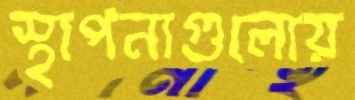
স্থাপনাগুলোয়